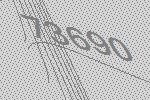
73690